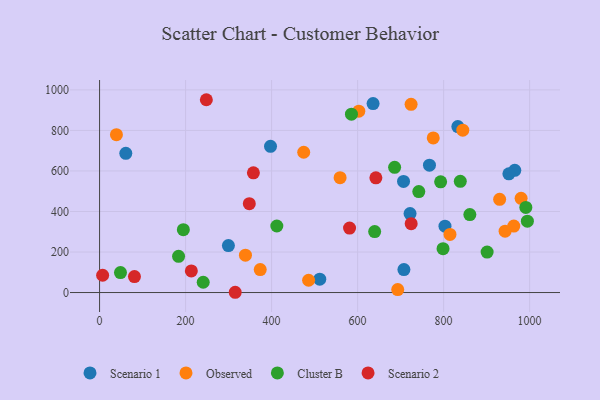
{"axis": {"x": "Engine Size", "y": "Salary"}, "legend": ["Cluster B", "Observed", "Scenario 1", "Scenario 2"], "data": [{"x": "833.1", "y": 819.0, "type": "Scenario 1"}, {"x": "803.2", "y": 327.6, "type": "Scenario 1"}, {"x": "965.5", "y": 603.1, "type": "Scenario 1"}, {"x": "707.7", "y": 113.5, "type": "Scenario 1"}, {"x": "61.0", "y": 687.1, "type": "Scenario 1"}, {"x": "636.0", "y": 932.4, "type": "Scenario 1"}, {"x": "706.8", "y": 548.2, "type": "Scenario 1"}, {"x": "722.0", "y": 389.6, "type": "Scenario 1"}, {"x": "951.8", "y": 586.0, "type": "Scenario 1"}, {"x": "767.1", "y": 628.4, "type": "Scenario 1"}, {"x": "299.6", "y": 231.8, "type": "Scenario 1"}, {"x": "397.5", "y": 721.5, "type": "Scenario 1"}, {"x": "512.0", "y": 65.7, "type": "Scenario 1"}, {"x": "474.7", "y": 692.2, "type": "Observed"}, {"x": "602.8", "y": 895.1, "type": "Observed"}, {"x": "486.1", "y": 60.7, "type": "Observed"}, {"x": "339.2", "y": 184.6, "type": "Observed"}, {"x": "39.2", "y": 779.0, "type": "Observed"}, {"x": "814.8", "y": 286.9, "type": "Observed"}, {"x": "844.6", "y": 801.2, "type": "Observed"}, {"x": "693.3", "y": 14.4, "type": "Observed"}, {"x": "559.3", "y": 566.9, "type": "Observed"}, {"x": "963.2", "y": 328.0, "type": "Observed"}, {"x": "724.4", "y": 928.6, "type": "Observed"}, {"x": "775.9", "y": 763.1, "type": "Observed"}, {"x": "373.6", "y": 113.4, "type": "Observed"}, {"x": "930.3", "y": 459.9, "type": "Observed"}, {"x": "943.0", "y": 302.8, "type": "Observed"}, {"x": "980.2", "y": 464.7, "type": "Observed"}, {"x": "241.0", "y": 50.7, "type": "Cluster B"}, {"x": "861.0", "y": 384.5, "type": "Cluster B"}, {"x": "838.8", "y": 548.6, "type": "Cluster B"}, {"x": "585.7", "y": 880.2, "type": "Cluster B"}, {"x": "48.6", "y": 98.5, "type": "Cluster B"}, {"x": "991.2", "y": 420.2, "type": "Cluster B"}, {"x": "194.8", "y": 310.0, "type": "Cluster B"}, {"x": "793.1", "y": 546.5, "type": "Cluster B"}, {"x": "901.2", "y": 199.8, "type": "Cluster B"}, {"x": "412.2", "y": 328.3, "type": "Cluster B"}, {"x": "183.7", "y": 178.5, "type": "Cluster B"}, {"x": "798.7", "y": 216.3, "type": "Cluster B"}, {"x": "686.1", "y": 617.9, "type": "Cluster B"}, {"x": "742.3", "y": 498.4, "type": "Cluster B"}, {"x": "994.8", "y": 352.3, "type": "Cluster B"}, {"x": "639.7", "y": 300.9, "type": "Cluster B"}, {"x": "348.2", "y": 438.4, "type": "Scenario 2"}, {"x": "724.6", "y": 339.7, "type": "Scenario 2"}, {"x": "248.3", "y": 951.5, "type": "Scenario 2"}, {"x": "7.1", "y": 85.4, "type": "Scenario 2"}, {"x": "357.7", "y": 590.6, "type": "Scenario 2"}, {"x": "642.5", "y": 566.3, "type": "Scenario 2"}, {"x": "315.4", "y": 1.3, "type": "Scenario 2"}, {"x": "81.1", "y": 79.0, "type": "Scenario 2"}, {"x": "581.3", "y": 318.2, "type": "Scenario 2"}, {"x": "213.4", "y": 106.6, "type": "Scenario 2"}]}